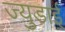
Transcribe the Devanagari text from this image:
ज्युडाई